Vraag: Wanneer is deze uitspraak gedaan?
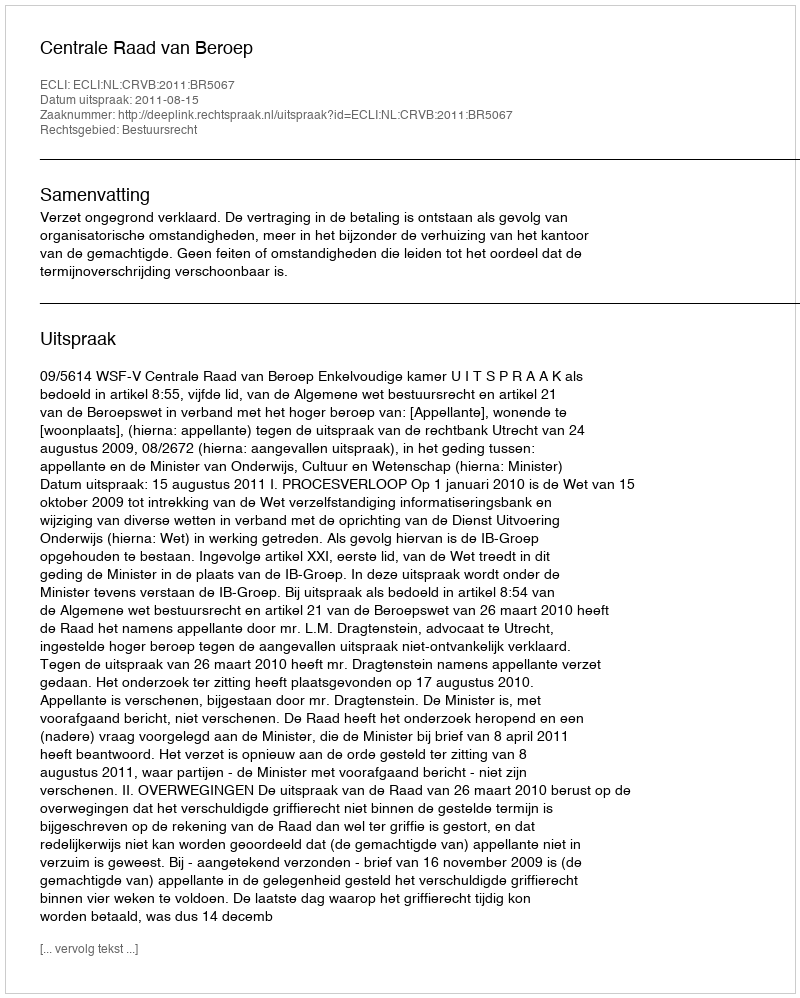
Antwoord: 2011-08-15